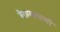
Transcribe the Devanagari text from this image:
वैराग्याऋत्ती